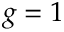
g = 1